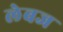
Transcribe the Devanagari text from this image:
लेबज